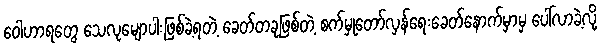
ဝေါဟာရတွေ သေလုမျောပါးဖြစ်ခဲ့ရတဲ့ ခေတ်တခုဖြစ်တဲ့ စက်မှုတော်လှန်ရေးခေတ်နောက်မှာမှ ပေါ်လာခဲ့လို့